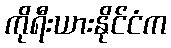
ကိုရီးယားနိုင်ငံက